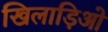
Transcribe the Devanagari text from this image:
खिलाड़िओ